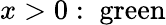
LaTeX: x>0:\; {\mathrm{green}}